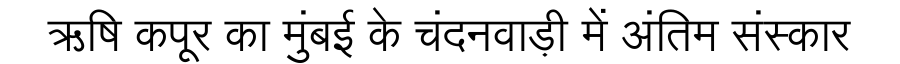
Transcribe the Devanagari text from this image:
ऋषि कपूर का मुंबई के चंदनवाड़ी में अंतिम संस्कार